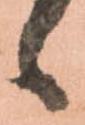
候